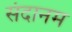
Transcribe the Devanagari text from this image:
संदानम